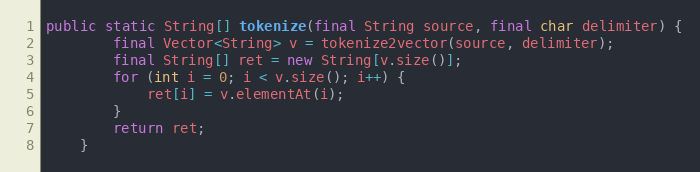
Language: Java
public static String[] tokenize(final String source, final char delimiter) {
		final Vector<String> v = tokenize2vector(source, delimiter);
		final String[] ret = new String[v.size()];
		for (int i = 0; i < v.size(); i++) {
			ret[i] = v.elementAt(i);
		}
		return ret;
	}